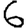
Digit: 6